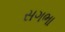
સગભા